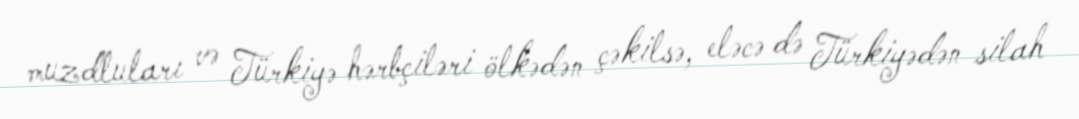
muzdluları və Türkiyə hərbçiləri ölkədən çəkilsə, eləcə də Türkiyədən silah